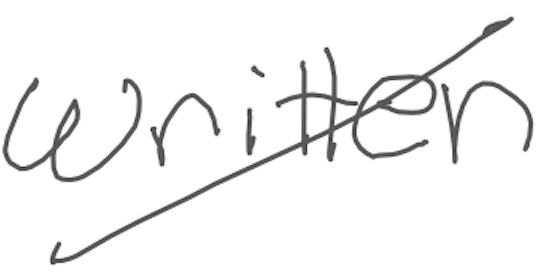
Text: written
Cross-out: diagonal
Writing tool: digital_gray